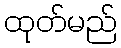
ထုတ်မည်